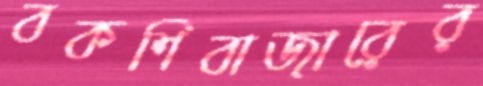
বকশিবাজারের